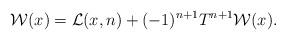
LaTeX: \begin{align*}\mathcal{W}(x)=\mathcal{L}(x,n)+(-1)^{n+1}T^{n+1}\mathcal{W}(x).\end{align*}